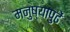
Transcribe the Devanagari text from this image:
मनुष्यापुढें